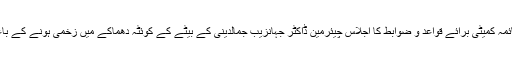
2016ء)سینٹ کی قائمہ کمیٹی برائے قواعد و ضوابط کا اجلاس چیئرمین ڈاکٹر جہانزیب جمالدینی کے بیٹے کے کوئٹہ دھماکے میں زخمی ہونے کے باعث ملتوی کر دیا گیا۔